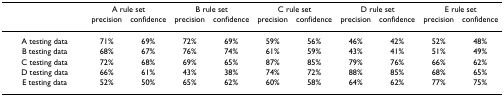
|  | <COLSPAN=2> A rule set | <COLSPAN=2> B rule set | <COLSPAN=2> C rule set | <COLSPAN=2> D rule set | <COLSPAN=2> E rule set |
 |  | precision | confidence | precision | confidence | precision | confidence | precision | confidence | precision | confidence |
 | --- | --- | --- | --- | --- | --- | --- | --- | --- | --- | --- |
 | A testing data | 71% | 69% | 72% | 69% | 59% | 56% | 46% | 42% | 52% | 48% |
 | B testing data | 68% | 67% | 76% | 74% | 61% | 59% | 43% | 41% | 51% | 49% |
 | C testing data | 72% | 68% | 69% | 65% | 87% | 85% | 79% | 76% | 66% | 62% |
 | D testing data | 66% | 61% | 43% | 38% | 74% | 72% | 88% | 85% | 68% | 65% |
 | E testing data | 52% | 50% | 65% | 62% | 60% | 58% | 64% | 62% | 77% | 75% |